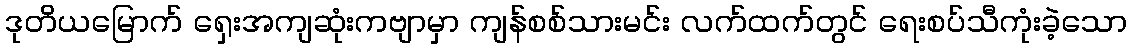
ဒုတိယမြောက် ရှေးအကျဆုံးကဗျာမှာ ကျန်စစ်သားမင်း လက်ထက်တွင် ရေးစပ်သီကုံးခဲ့သော